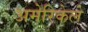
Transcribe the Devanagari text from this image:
अमेरिकेले